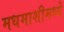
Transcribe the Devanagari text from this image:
मधमाशीमध्ये